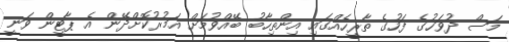
މަސް ދުވަހުގެ ފަހުގެ ތާރީހެއްގައި އިންތިހާބު ބޭއްވުމަށް އަމުރުކޮށްދޭން އެ ޕާޓީން ވަނީ